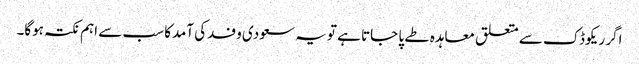
اگر ریکوڈک سے متعلق معاہدہ طے پا جاتا ہے تو یہ سعودی وفدکی آمدکا سب سے اہم نکتہ ہوگا۔